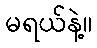
မရယ်နဲ့။